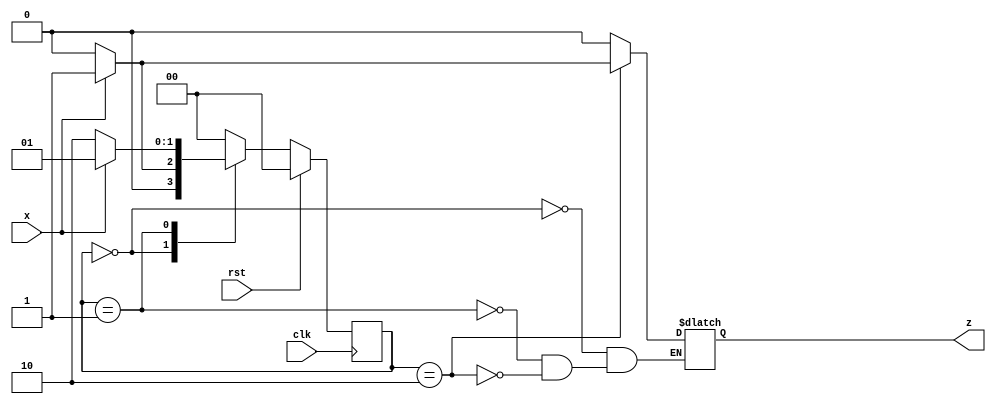
`timescale 1ns / 1ps
//////////////////////////////////////////////////////////////////////////////////
// Company: 
// 
// Design Name: 
// Module Name:    sequence detector
// Project Name: 
// Target Devices: 
// Tool versions: 
// Description: 
//
// Dependencies: 
//
// Revision: 
// Revision 0.01 - File Created
// Additional Comments: 
//
//////////////////////////////////////////////////////////////////////////////////
//101 sequence detector non overlapping
module sequence_detector(input clk, rst, input x, output reg z
    );
// x is the external input and z is the external output

parameter s0 = 2'b00;
parameter s1 = 2'b01;
parameter s2 = 2'b10;
reg[1:0] present_state=s0;
reg[1:0] next_state;


//sequential circuit - present state,  therefore using non blocking assignment
always @(posedge clk)
begin
if(rst)
present_state <= s0;
else
present_state<=next_state;
end


//next state -combinational circuit
always @ (present_state, x)
begin
case(present_state)
s0: if(x==1) begin
next_state = s1;
z=0;
end

else begin
next_state = s0;
z=0;
end


s1: if(x==0) begin
next_state = s2;
z=0;
end
else begin
next_state = s1;
z=0;
end


s2: if(x==0) begin
next_state = s0;
z=0;
end

else begin
next_state = s0;
z=1;
end


default: next_state = s0;

endcase
end
endmodule